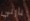
بارني